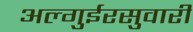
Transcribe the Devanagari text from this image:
अल्गुईरसुवारी